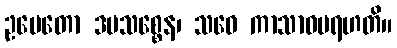
ဥပေတော ဒမသစ္စေန၊ သဝေ ကာသာဝမရဟတိ။